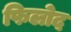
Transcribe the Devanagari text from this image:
फिलोद